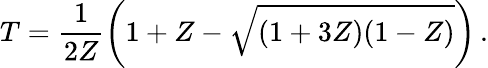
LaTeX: T=\frac{1}{2Z}\left(1+Z-\sqrt{(1+3Z)(1-Z)}\right)\, .